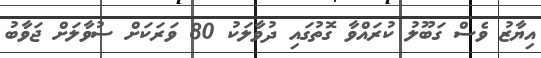
އިޔާޒު ވެސް ގަބޫލު ކުރައްވާ ގޮތުގައި ދުވާލަކު 80 ވަރަކަށް ސުވާލަށް ޖަވާބު